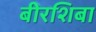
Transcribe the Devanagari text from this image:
बीरशिबा